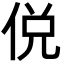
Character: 侻